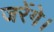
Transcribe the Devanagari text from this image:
जरेंगे।